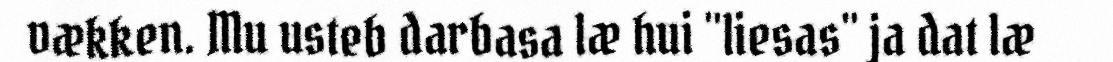
vækken. Mu usteb darbasa læ hui "liesas" ja dat læ